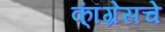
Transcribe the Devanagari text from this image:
कॉ्ंग्रेसचे